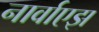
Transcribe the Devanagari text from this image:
नार्वाएझ